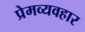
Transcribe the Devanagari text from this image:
प्रेमव्यवहार